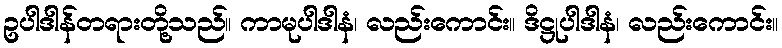
ဥပါဒါန်တရားတို့သည်။ ကာမုပါဒါနံ၊ လည်းကောင်း။ ဒိဋ္ဌုပါဒါနံ၊ လည်းကောင်း။